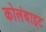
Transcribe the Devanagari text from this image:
कोलंबाइट